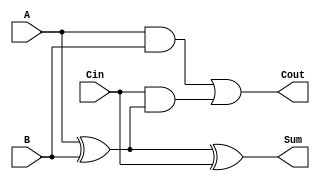
module full_adder (
    input wire A,    // First binary input
    input wire B,    // Second binary input
    input wire Cin,  // Carry-in input
    output wire Sum, // Sum output
    output wire Cout // Carry-out output
);

// Intermediate signals
wire AxorB;         // Intermediate signal for A XOR B

// Calculate Sum using XOR gates
assign AxorB = A ^ B; // A XOR B
assign Sum = AxorB ^ Cin; // (A XOR B) XOR Cin

// Calculate Carry-out using AND and OR gates
assign Cout = (A & B) | (Cin & AxorB); // (A AND B) OR (Cin AND (A XOR B))

endmodule